Annual statistical returns and brief notes on vaccination in Bengal - 1909-1929
Year: 1909
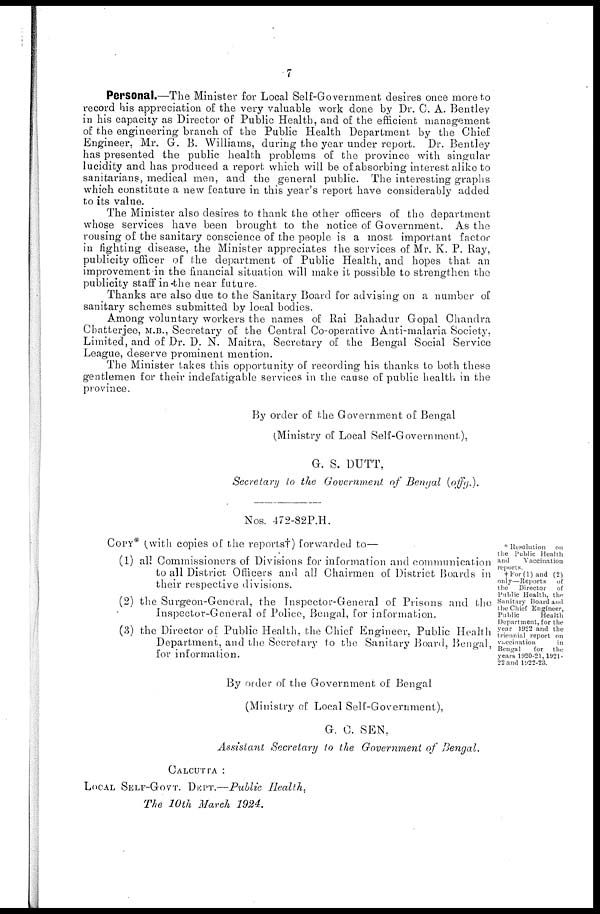
7
Personal.—The Minister for Local Self-Government desires once more to
record his appreciation of the very valuable work done by Dr. C. A. Bentley
in his capacity as Director of Public Health, and of the efficient management
of the engineering branch of the Public Health Department by the Chief
Engineer, Mr. G. B. Williams, during the year under report. Dr. Bentley
has presented the public health problems of the province with singular
lucidity and has produced a report which will be of absorbing interest alike to
sanitarians, medical men, and the general public. The interesting graphs
which constitute a new feature in this year's report have considerably added
to its value.
The Minister also desires to thank the other officers of the department
whose services have been brought to the notice of Government. As the
rousing of the sanitary conscience of the people is a most important factor
in fighting disease, the Minister appreciates the services of Mr. K. P. Ray,
publicity officer of the department of Public Health, and hopes that an
improvement in the financial situation will make it possible to strengthen the
publicity staff in the near future.
Thanks are also due to the Sanitary Board for advising on a number of
sanitary schemes submitted by local bodies.
Among voluntary workers the names of Rai Bahadur Gopal Chandra
Chatterjee, M.B., Secretary of the Central Co-operative Anti-malaria Society,
Limited, and of Dr. D. N. Maitra, Secretary of the Bengal Social Service
League, deserve prominent mention.
The Minister takes this opportunity of recording his thanks to both these
gentlemen for their indefatigable services in the cause of public health in the
province.
By order of the Government of Bengal
(Ministry of Local Self-Government),
G. S. DUTT,
Secretary to the Government of Bengal
(offg.).
NOS. 472-82P.H.
* Resolution
on
the Public Health
and
Vaccination
reports.
† For(1) and (2)
only—Reports
of
the
Director
of
Public Health, the
Sanitary Board and
the Chief Engineer,
Public
Health
Department, for the
year 1922 and the
triennial report on
vaccination
in
Bengal
for
the
years 1920-21, 1921-
22 and 1922-23.
COPY* (with copies of the reports†) forwarded to—
(1) all Commissioners of Divisions for information and communication
to all District Officers and all Chairmen of District Boards in
their respective divisions.
(2) the Surgeon-General, the Inspector-General of Prisons and the
Inspector-General of Police, Bengal, for information.
(3) the Director of Public Health, the Chief Engineer, Public Health
Department, and the Secretary to the Sanitary Board, Bengal,
for information.
By order of the Government of Bengal
(Ministry of Local Self-Government),
G. C. SEN,
Assistant Secretary to the Government of Bengal.
CALCUTTA :
LOCAL SELF-GOVT. DEPT.—Public Health,
The 10th March 1924.